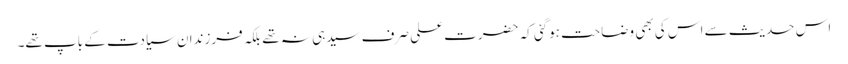
اس حدیث سے اس کی بھی وضاحت ہوگئی کہ حضرت علی صرف سیدہی نہ تھے بلکہ فرزندان سیادت کے باپ تھے۔